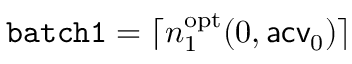
\mathtt { b a t c h 1 } = \lceil n _ { 1 } ^ { \mathrm { o p t } } ( 0 , \mathsf { a c v } _ { 0 } ) \rceil